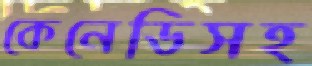
কেনেডিসহ